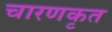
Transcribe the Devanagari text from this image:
चारणकृत